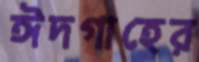
ঈদগাহের